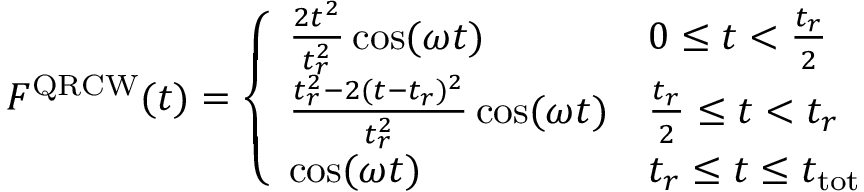
F ^ { \mathrm { Q R C W } } ( t ) = \left\{ \begin{array} { l l } { \frac { 2 t ^ { 2 } } { t _ { r } ^ { 2 } } \cos ( \omega t ) } & { 0 \leq t < \frac { t _ { r } } { 2 } } \\ { \frac { t _ { r } ^ { 2 } - 2 ( t - t _ { r } ) ^ { 2 } } { t _ { r } ^ { 2 } } \cos ( \omega t ) } & { \frac { t _ { r } } { 2 } \leq t < t _ { r } } \\ { \cos ( \omega t ) } & { t _ { r } \leq t \leq t _ { \mathrm { t o t } } } \end{array} \right.